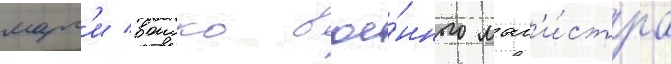
марг'и воиско вое́нного маг'и́стра